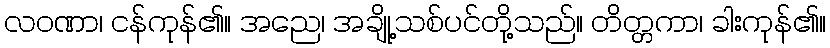
လဝဏာ၊ ငန်ကုန်၏။ အညေ၊ အချို့သစ်ပင်တို့သည်။ တိတ္တကာ၊ ခါးကုန်၏။